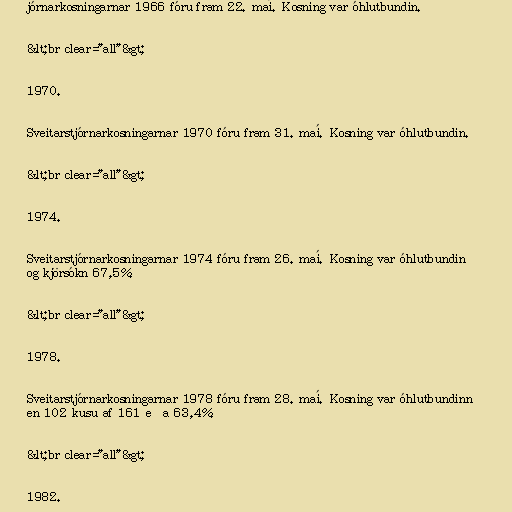
jórnarkosningarnar 1966 fóru fram 22. maí. Kosning var óhlutbundin.

&lt;br clear="all"&gt;

1970.

Sveitarstjórnarkosningarnar 1970 fóru fram 31. maí. Kosning var óhlutbundin.

&lt;br clear="all"&gt;

1974.

Sveitarstjórnarkosningarnar 1974 fóru fram 26. maí. Kosning var óhlutbundin
og kjörsókn 67,5%.

&lt;br clear="all"&gt;

1978.

Sveitarstjórnarkosningarnar 1978 fóru fram 28. maí. Kosning var óhlutbundinn
en 102 kusu af 161 eða 63,4%.

&lt;br clear="all"&gt;

1982.